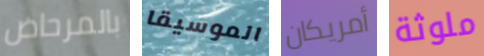
بالمرحاض الموسيقا أمريكان ملوثة